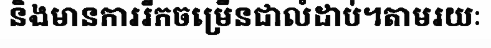
និងមានការរីកចម្រើនជាលំដាប់។តាមរយៈ